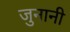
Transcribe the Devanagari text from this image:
जुनानी